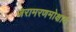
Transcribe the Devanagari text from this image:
जरामरणमोक्षाय